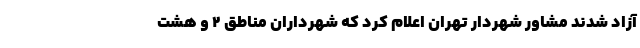
آزاد شدند مشاور شهردار تهران اعلام ‌کرد که شهرداران مناطق ۲ و هشت